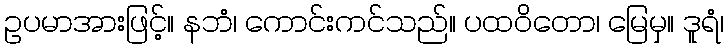
ဥပမာအားဖြင့်။ နဘံ၊ ကောင်းကင်သည်။ ပထဝိတော၊ မြေမှ။ ဒူရံ၊